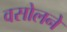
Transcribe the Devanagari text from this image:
वसोलने